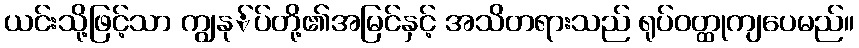
ယင်းသို့ဖြင့်သာ ကျွနု်ပ်တို့၏အမြင်နှင့် အသိတရားသည် ရုပ်ဝတ္ထုကျပေမည်။